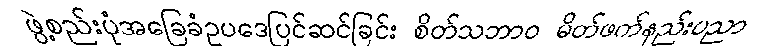
ဖွဲ့စည်းပုံအခြေခံဥပဒေပြင်ဆင်ခြင်း စိတ်သဘာဝ မိတ်ဖက်နည်းပညာ